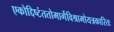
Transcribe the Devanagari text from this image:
एकोद्दिष्टंततोमार्गेविश्रामोयत्रकारितः